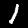
Label: 1